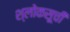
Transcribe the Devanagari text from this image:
श्लोकसूची